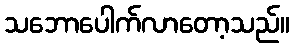
သဘောပေါက်လာတော့သည်။